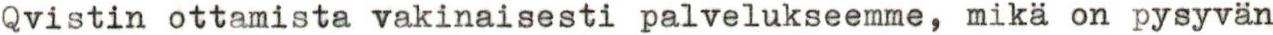
Qvistin ottamista vakinaisesti palvelukseemme, mikä on pysyvän